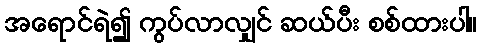
အရောင်ရဲ၍ ကွပ်လာလျှင် ဆယ်ပီး စစ်ထားပါ။